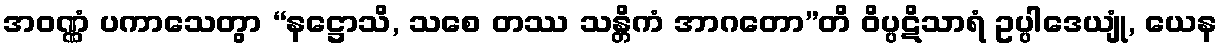
အဝဏ္ဏံ ပကာသေတွာ “နဋ္ဌောသိ, သစေ တဿ သန္တိကံ အာဂတော”တိ ဝိပ္ပဋိသာရံ ဥပ္ပါဒေယျုံ, ယေန